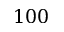
1 0 0